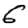
Digit: 6